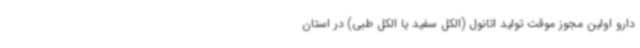
دارو اولین مجوز موقت تولید اتانول (الکل سفید یا الکل طبی) در استان